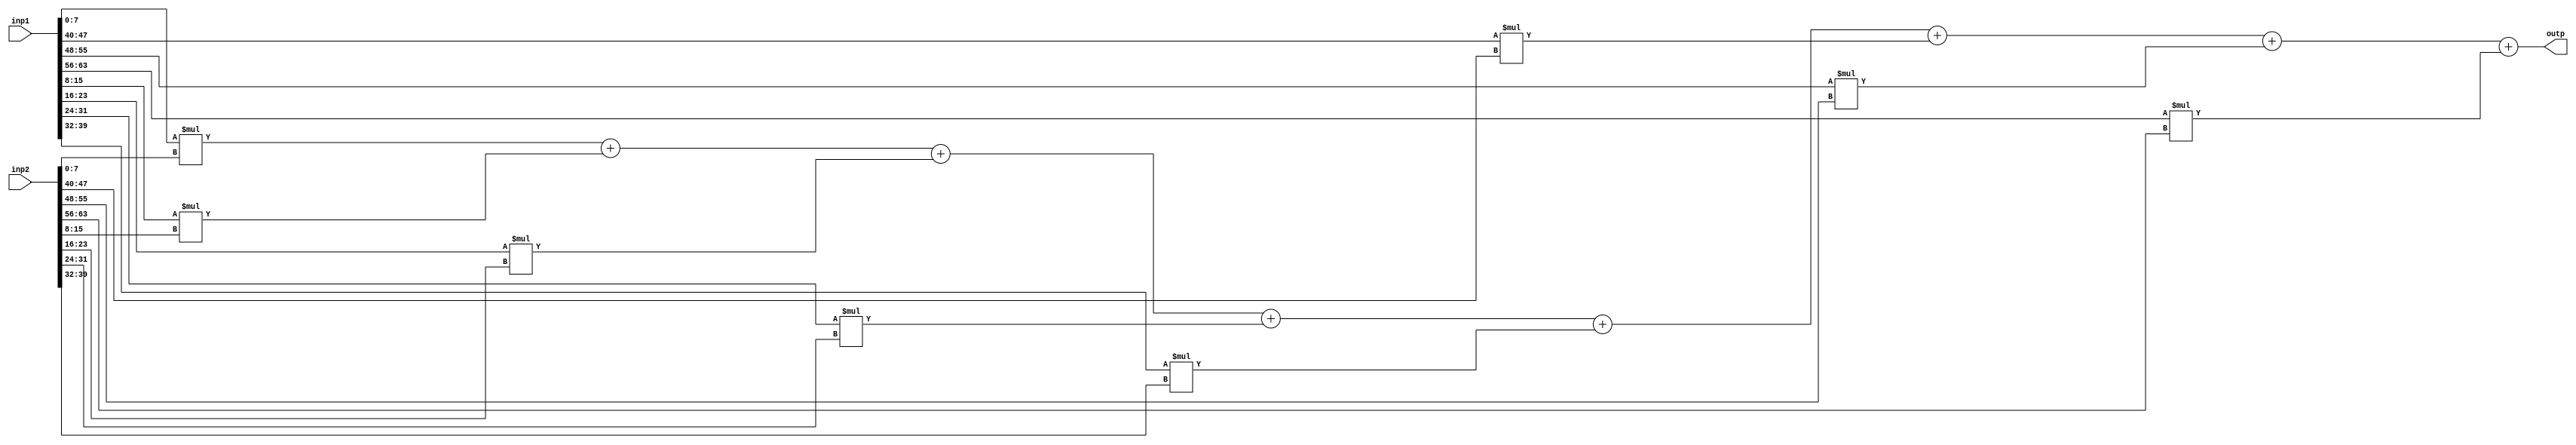
module dot_product
  #(parameter
      N = 8,//the number of the numbers in a row
      N_bit = 3, //the number of bits for 8 100 is 3
      DW = 8 //the number of buts for each number
  )
  (
      input wire[(DW * N) -1 : 0] inp1,
      input wire[(DW * N) -1 : 0] inp2,
      output wire[(2*DW) + N_bit - 1 : 0] outp
  );

  //locals
  genvar i;
  wire [2*DW + N_bit - 1 : 0] sums[0 : N - 1]; // intermediate product sums

  ///compute
  
  assign sums[0] = (inp1[DW - 1 : 0] * inp2[DW - 1 : 0]);

  generate 
      for (i = 1; i < N; i = i + 1) begin: sum_loop
          assign sums[i] = sums[i-1] + inp1[ (i + 1) * DW - 1 : i * DW ] * inp2[ (i + 1) * DW - 1 : i * DW ];
      end
  endgenerate

  assign outp = sums[N-1]; 


endmodule